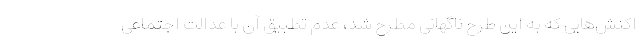
اکنش‌هایی که به این طرح ناگهانی مطرح شد، عدم تطبیق آن با عدالت اجتماعی